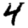
Digit: 4